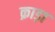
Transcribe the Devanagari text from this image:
क्राड़ा